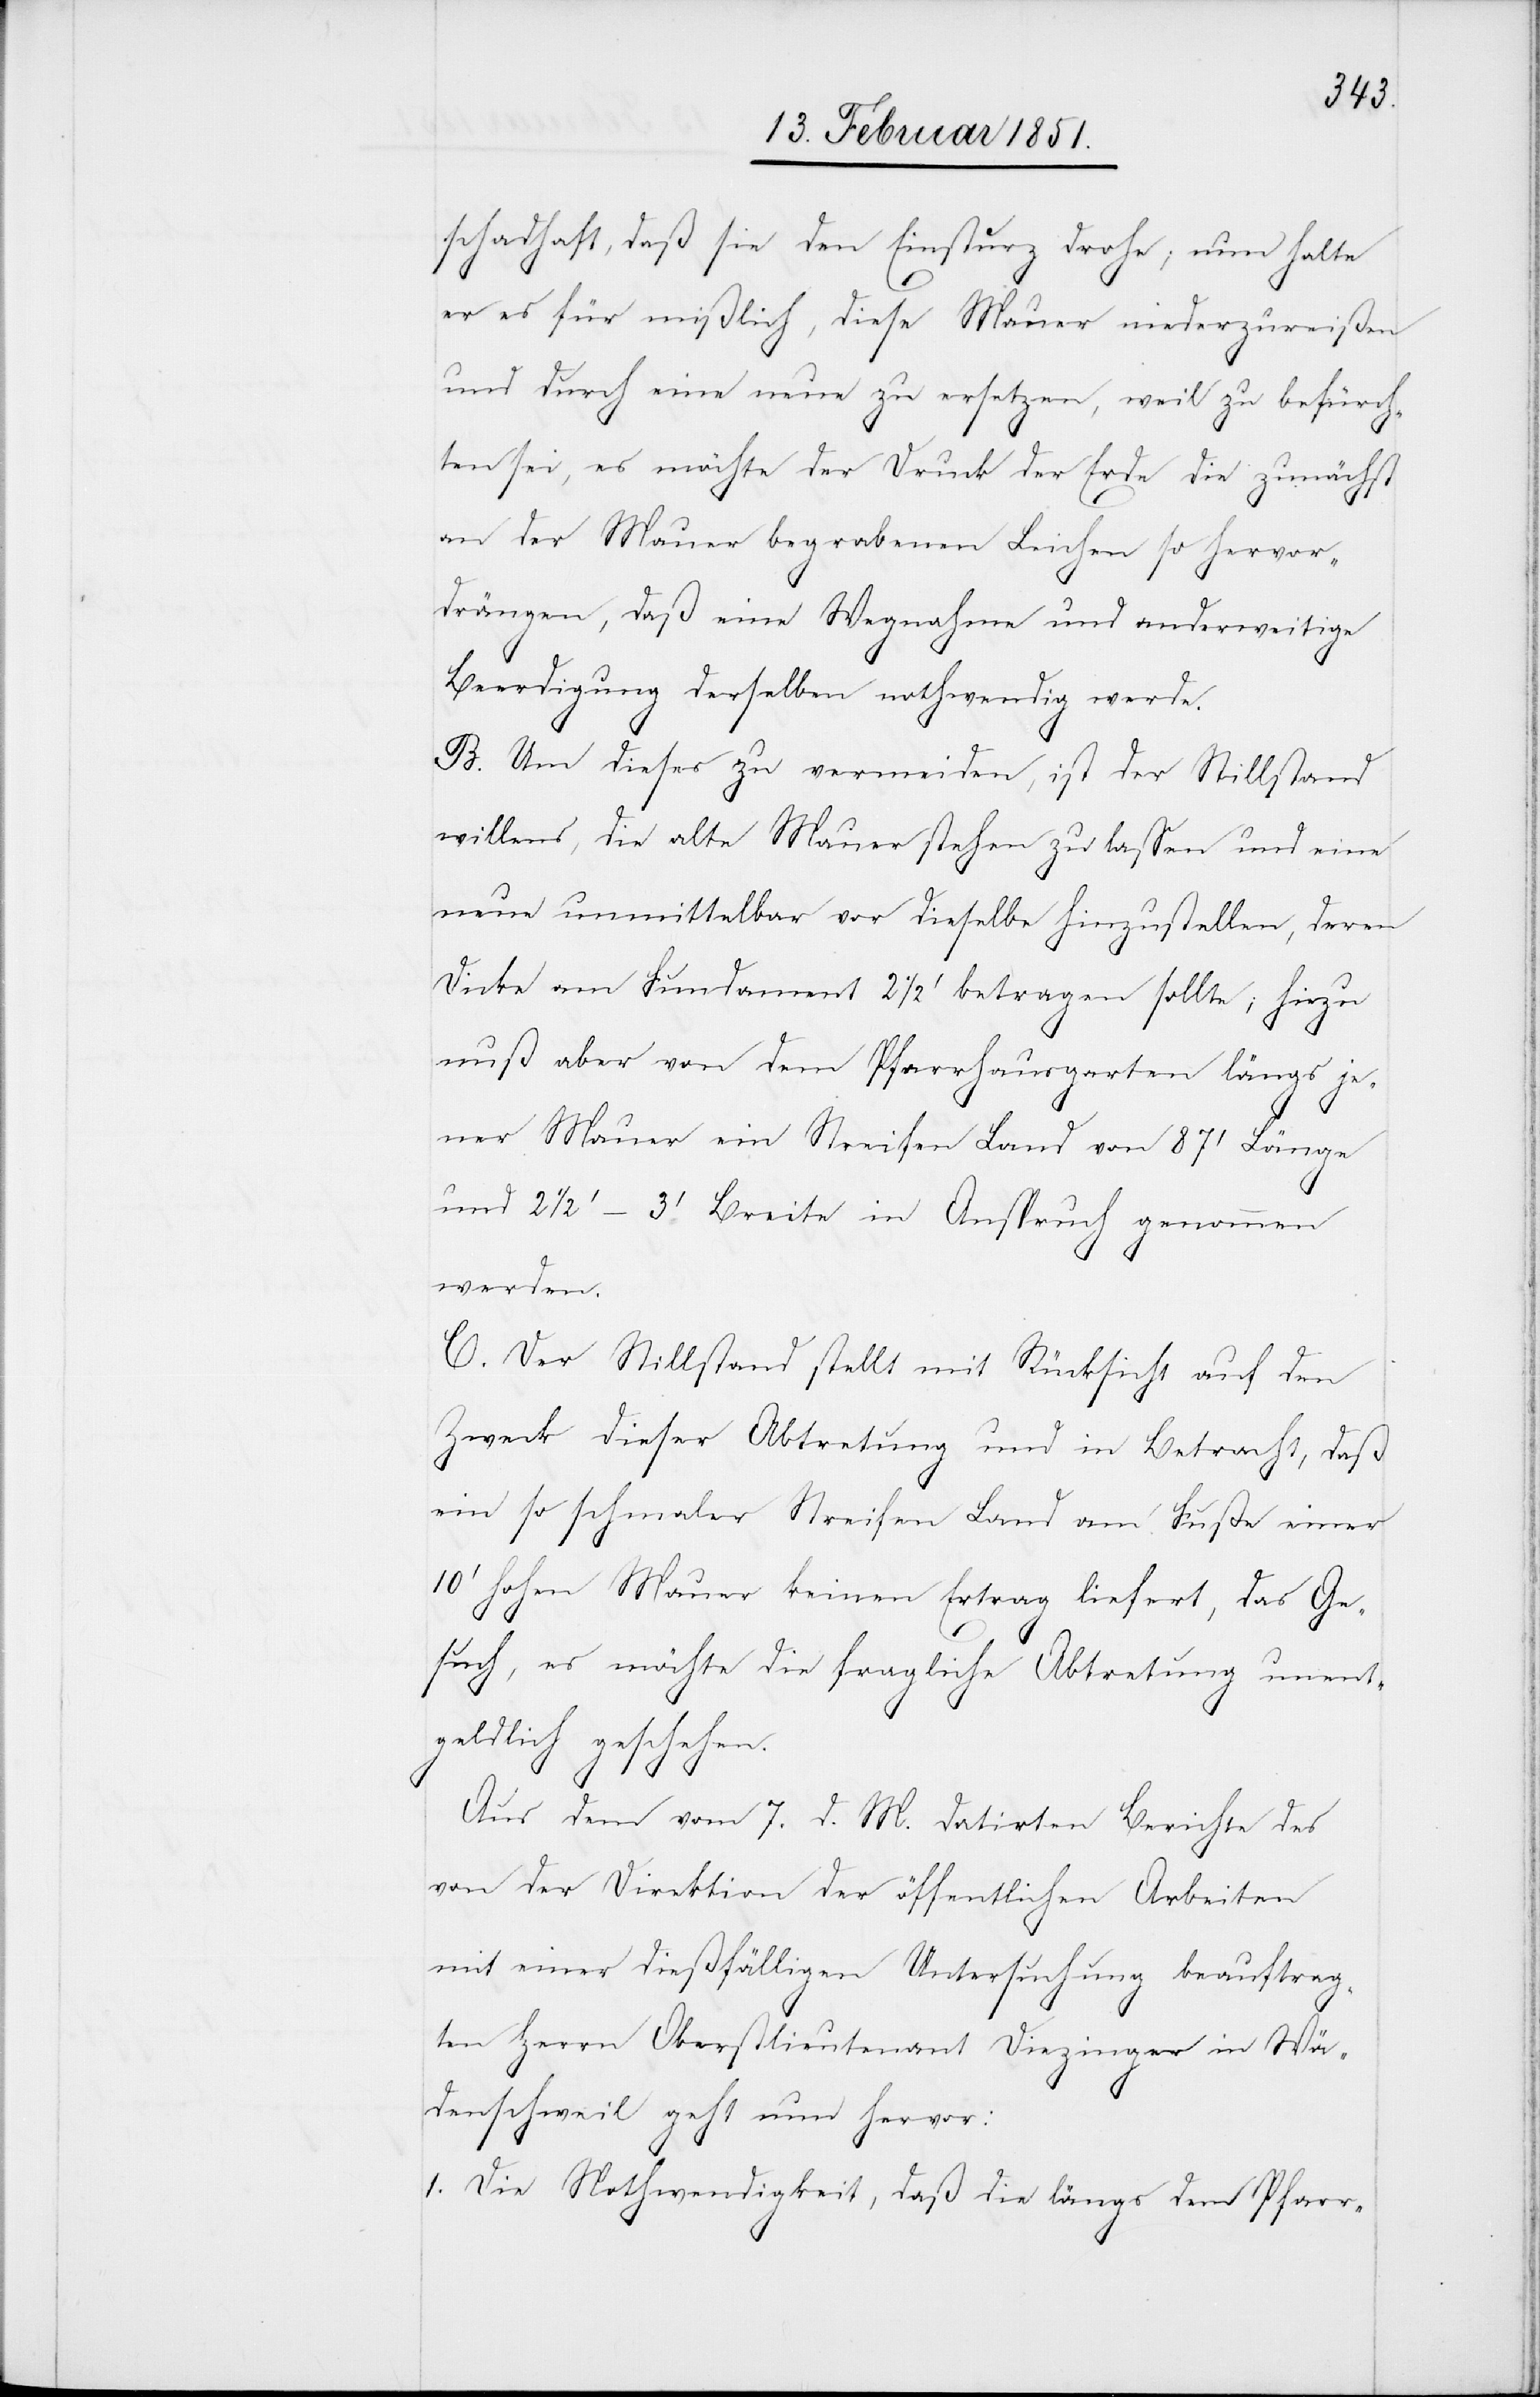
daß
er es für mißlich, diese Mauer niederzureißen
und durch eine neue zu ersetzen, weil zu befürch¬
ten sei, es möchte der Druck der Erde die zunächst
an der Mauer begrabenen Leichen so hervor¬
drängen, daß eine Wegnahme und anderweitige
Beerdigung derselben nothwendig werde.
B. Um dieses zu vermeiden, ist der Stillstand
willens, die alte Mauer stehen zu lassen und eine
neue unmittelbar vor dieselbe hinzustellen, deren
Dicke am Fundament 2 1/2' betragen sollte; hiezu
muß aber von dem Pfarrhausgarten längs je¬
ner Mauer ein Streifen Land von 87‘ Länge
und 2 1/2‘–3‘ Breite in Anspruch genommen
werden.
C. Der Stillstand stellt mit Rücksicht auf den
Zweck dieser Abtretung und in Betracht, daß
ein so schmaler Streifen Land am Fuße einer
10‘ hohen Mauer keinen Ertrag liefert, das Ge¬
such, es möchte die fragliche Abtretung unent¬
geldlich geschehen.
Aus dem vom 7. d. M. datirten Berichte des
von der Direktion der öffentlichen Arbeiten
mit einer dießfälligen Untersuchung beauftrag¬
ten Herrn Oberstlieutenant Diezinger in Wä¬
denschweil geht nun hervor:
1. Die Nothwendigkeit, daß die längs dem Pfarr-